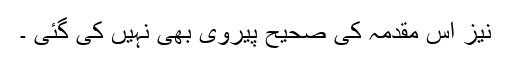
نیز اس مقدمہ کی صحیح پیروی بھی نہیں کی گئی ۔